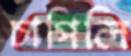
চাপিলি